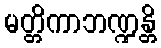
မတ္တိကာဘဏ္ဍန္တိ